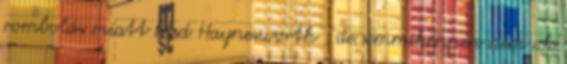
rombolás miatt lásd Haynesworth , de semmiképpen nem ok